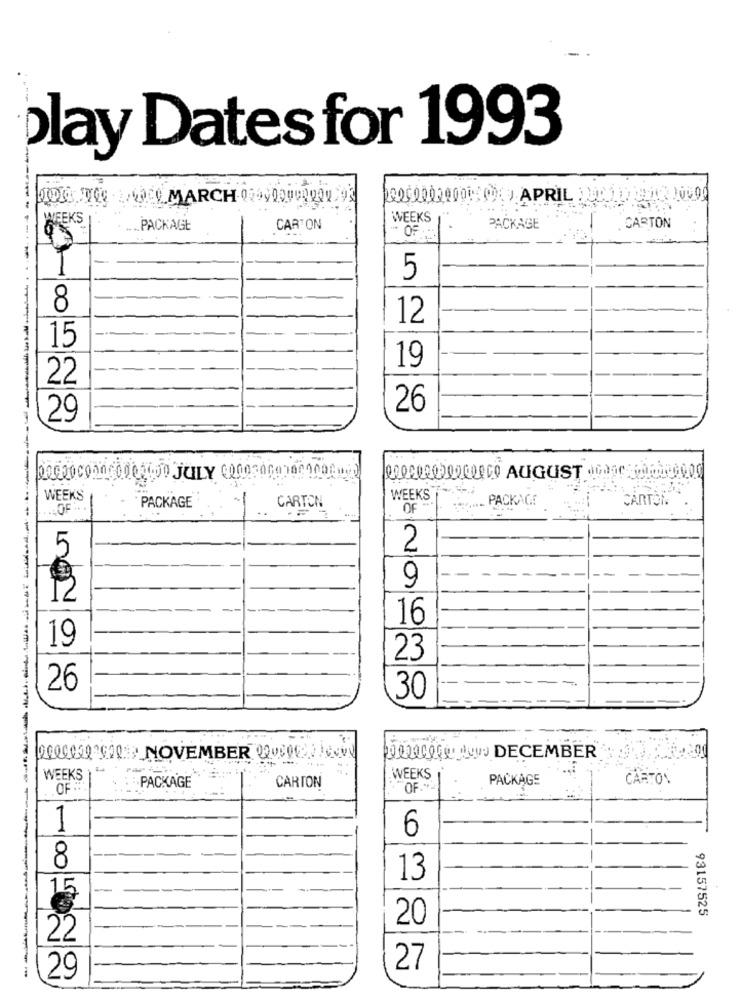
play Dates for 1993
--
WEEKS
WEEKS
PACKAGE
CARTON
PACKAGE
-
CARTON
-
5
8
12
15
19
22
26
29
WEEKS
PACKAGE
CARTON
WEEKS
PACKAGE
CARTON
OF. .
OF
5
2
9
12
16
19
23
-
26
30
0000429 GER _NOVEMBER 205000016
0200000 y DECEMBER
WEEKS
CARTON
WEEKS
PACKAGE
CARTON
OF ***
PACKAGE
OF .**
6
8
13
15
93157525
20
22
27
29